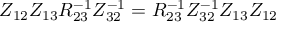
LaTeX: Z _ { 1 2 } Z _ { 1 3 } { \cal R } _ { 2 3 } ^ { - 1 } Z _ { 3 2 } ^ { - 1 } = { \cal R } _ { 2 3 } ^ { - 1 } Z _ { 3 2 } ^ { - 1 } Z _ { 1 3 } Z _ { 1 2 }